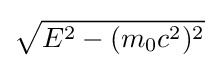
{\sqrt {E^{2}-(m_{0}c^{2})^{2}}}